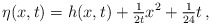
\begin{align*}\eta(x,t) = h(x,t) +\tfrac{1}{2t} x^2 + \tfrac{1}{24} t \,, \end{align*}